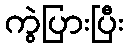
ကွဲပြားပြီး